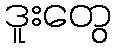
ဒူးတွေ